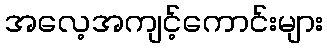
အလေ့အကျင့်ကောင်းများ